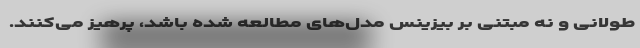
طولانی و نه مبتنی بر بیزینس مدل‌های مطالعه شده باشد، پرهیز می‌کنند.